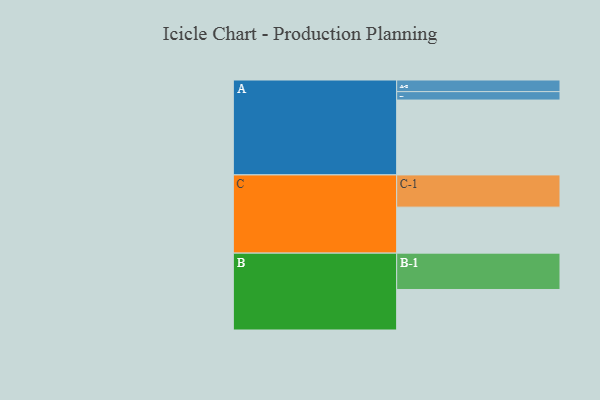
{"axis": {"x": "Segment", "y": "Value"}, "legend": ["", "A", "B", "C"], "data": [{"x": "A", "y": 560, "type": ""}, {"x": "B", "y": 303, "type": ""}, {"x": "C", "y": 344, "type": ""}, {"x": "A-1", "y": 63, "type": "A"}, {"x": "A-2", "y": 87, "type": "A"}, {"x": "B-1", "y": 272, "type": "B"}, {"x": "C-1", "y": 241, "type": "C"}]}